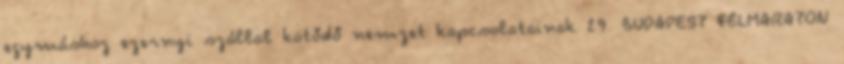
egymáshoz ezernyi szállal kötődő nemzet kapcsolatainak 29. BUDAPEST FÉLMARATON